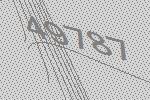
49787